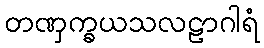
တဏှက္ခယသလဠာဂါရံ